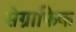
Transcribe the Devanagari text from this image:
सेग्राफिक